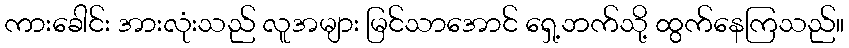
ကားခေါင်း အားလုံးသည် လူအများ မြင်သာအောင် ရှေ့ဘက်သို့ ထွက်နေကြသည်။